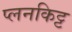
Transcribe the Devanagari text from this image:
प्लनकिट्ट